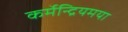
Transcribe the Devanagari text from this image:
कर्मेन्द्रियमया